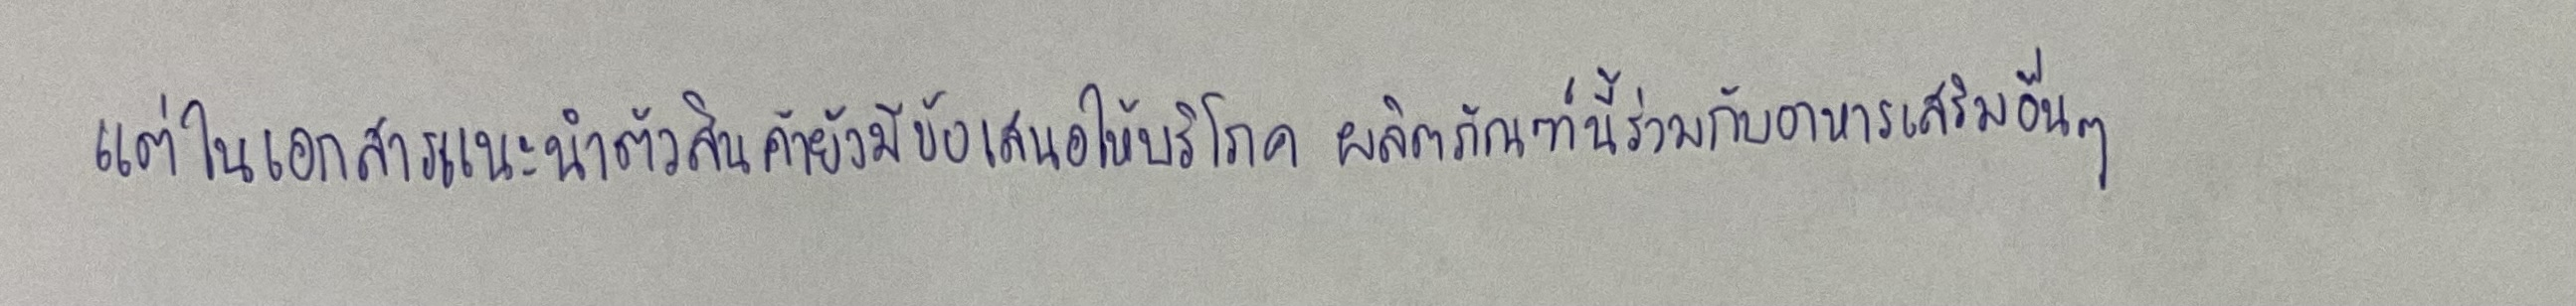
แต่ในเอกสารแนะนำตัวสินค้ายังมีข้อเสนอให้บริโภคผลิตภัณฑ์นี้ร่วมกับอาหารเสริมอื่นๆ